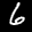
Label: 6